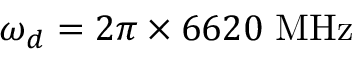
\omega _ { d } = 2 \pi \times 6 6 2 0 ~ \mathrm { M H z }